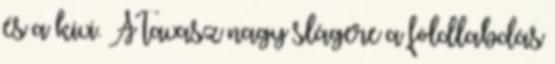
és a kivi. A tavasz nagy slágere a földlabdás